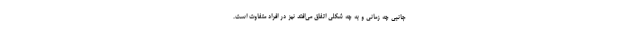
جانبی چه زمانی و به چه شکلی اتفاق می‌افتد نیز در افراد متفاوت است.